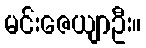
မင်းဇေယျာဦး။